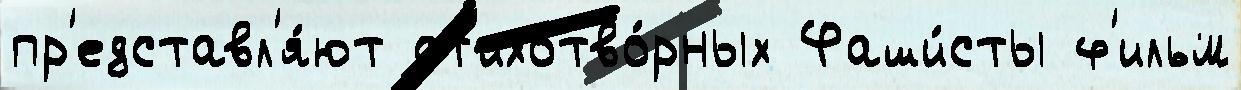
пр'едставл'я́ют ст'ихотво́рных Фаши́сты ф'ильм